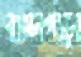
বামনগাড়া